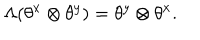
\Lambda ( \theta ^ { x } \otimes \theta ^ { y } ) = \theta ^ { y } \otimes \theta ^ { x } .